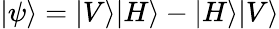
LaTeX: |\psi\rangle=|V\rangle|H\rangle-|H\rangle|V\rangle